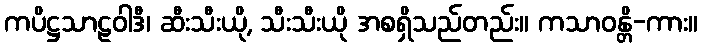
ကပိဋ္ဌသာဠဝါဒီ၊ ဆီးသီးယို, သီးသီးယို အစရှိသည်တည်း။ ကသာဝန္တိ-ကား။